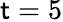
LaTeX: \mathsf{t}=5